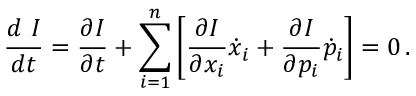
\frac { d \mathrm { ~ } I } { d t } = \frac { \partial I } { \partial t } + \sum _ { i = 1 } ^ { n } \bigg [ \frac { \partial I } { \partial x _ { i } } \dot { x } _ { i } + \frac { \partial I } { \partial p _ { i } } \dot { p } _ { i } \bigg ] = 0 \, .